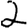
Digit: 2